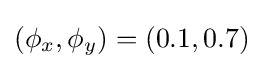
(\phi _{x},\phi _{y})=(0.1,0.7)